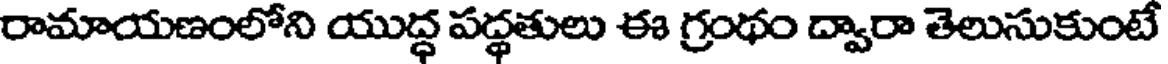
రామాయణంలోని యుద్ధ పద్ధతులు ఈ గ్రంథం ద్వారా తెలుసుకుంటే